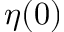
\eta ( 0 )